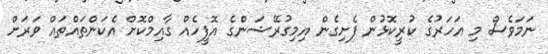
ނަމަވެސް މި އަހަރުގެ ކުރީކޮޅުން ފެށިގެން އިމިގުރޭޝަންގެ އޮފީހެއް ގާއިމްކޮށް އެކަންތައްތައް ވަރަށް